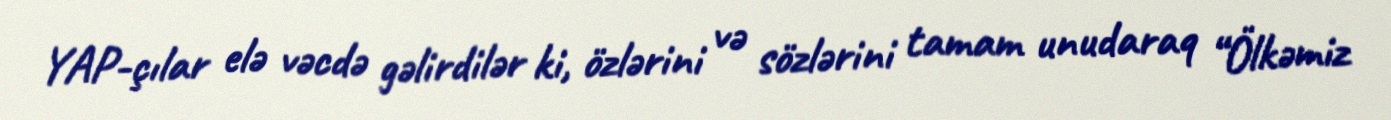
YAP-çılar elə vəcdə gəlirdilər ki, özlərini və sözlərini tamam unudaraq “Ölkəmiz